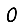
Digit: 0